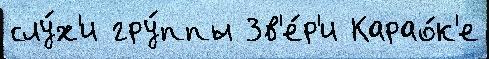
слу́х'и гру́ппы Зв'е́р'и Карао́к'е